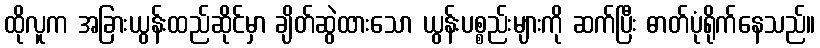
ထိုလူက အခြားယွန်းထည်ဆိုင်မှာ ချိတ်ဆွဲထားသော ယွန်းပစ္စည်းများကို ဆက်ပြီး ဓာတ်ပုံရိုက်နေသည်။